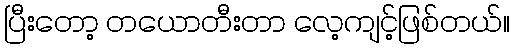
ပြီးတော့ တယောတီးတာ လေ့ကျင့်ဖြစ်တယ်။